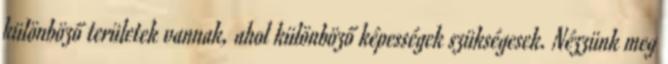
különböző területek vannak, ahol különböző képességek szükségesek. Nézzünk meg